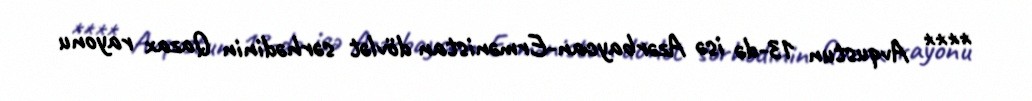
**** Avqustun 13-də isə Azərbaycan-Ermənistan dövlət sərhədinin Qazax rayonu